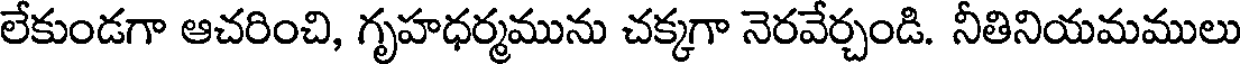
లేకుండగా ఆచరించి, గృహధర్మమును చక్కగా నెరవేర్చండి. నీతినియమములు